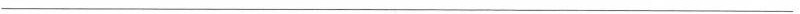
___